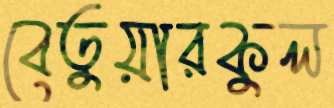
বেতুয়ারকুল